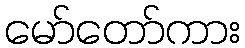
မော်တော်ကား